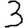
Digit: 3